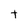
Character: t